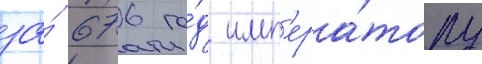
за́ 676 го́д имп'ера́тору